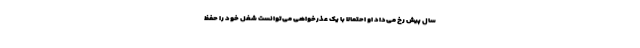
سال پیش رخ می‌داد او احتمالا با یک عذرخواهی می‌توانست شغل خود را حفظ